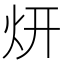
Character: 𱪩